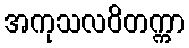
အကုသလဝိတက္ကာ